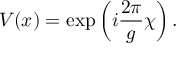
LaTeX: V ( x ) = \exp \left( i { \frac { 2 \pi } { g } } \chi \right) .